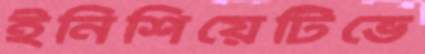
ইনিশিয়েটিভে